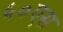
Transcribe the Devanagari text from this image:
५०एस